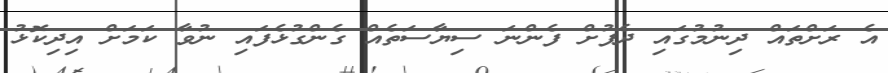
އެ ރަށްތައް ދިނުމުގައި ދެފުށް ފެންނަ ސިޔާސަތެއް ގެންގުޅެފައި ނުވާ ކަމަށް އިދިކޮޅު